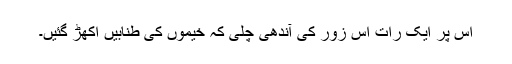
اس پر ایک رات اس زور کی آندھی چلی کہ خیموں کی طنابیں اکھڑ گئیں۔